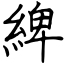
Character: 綼